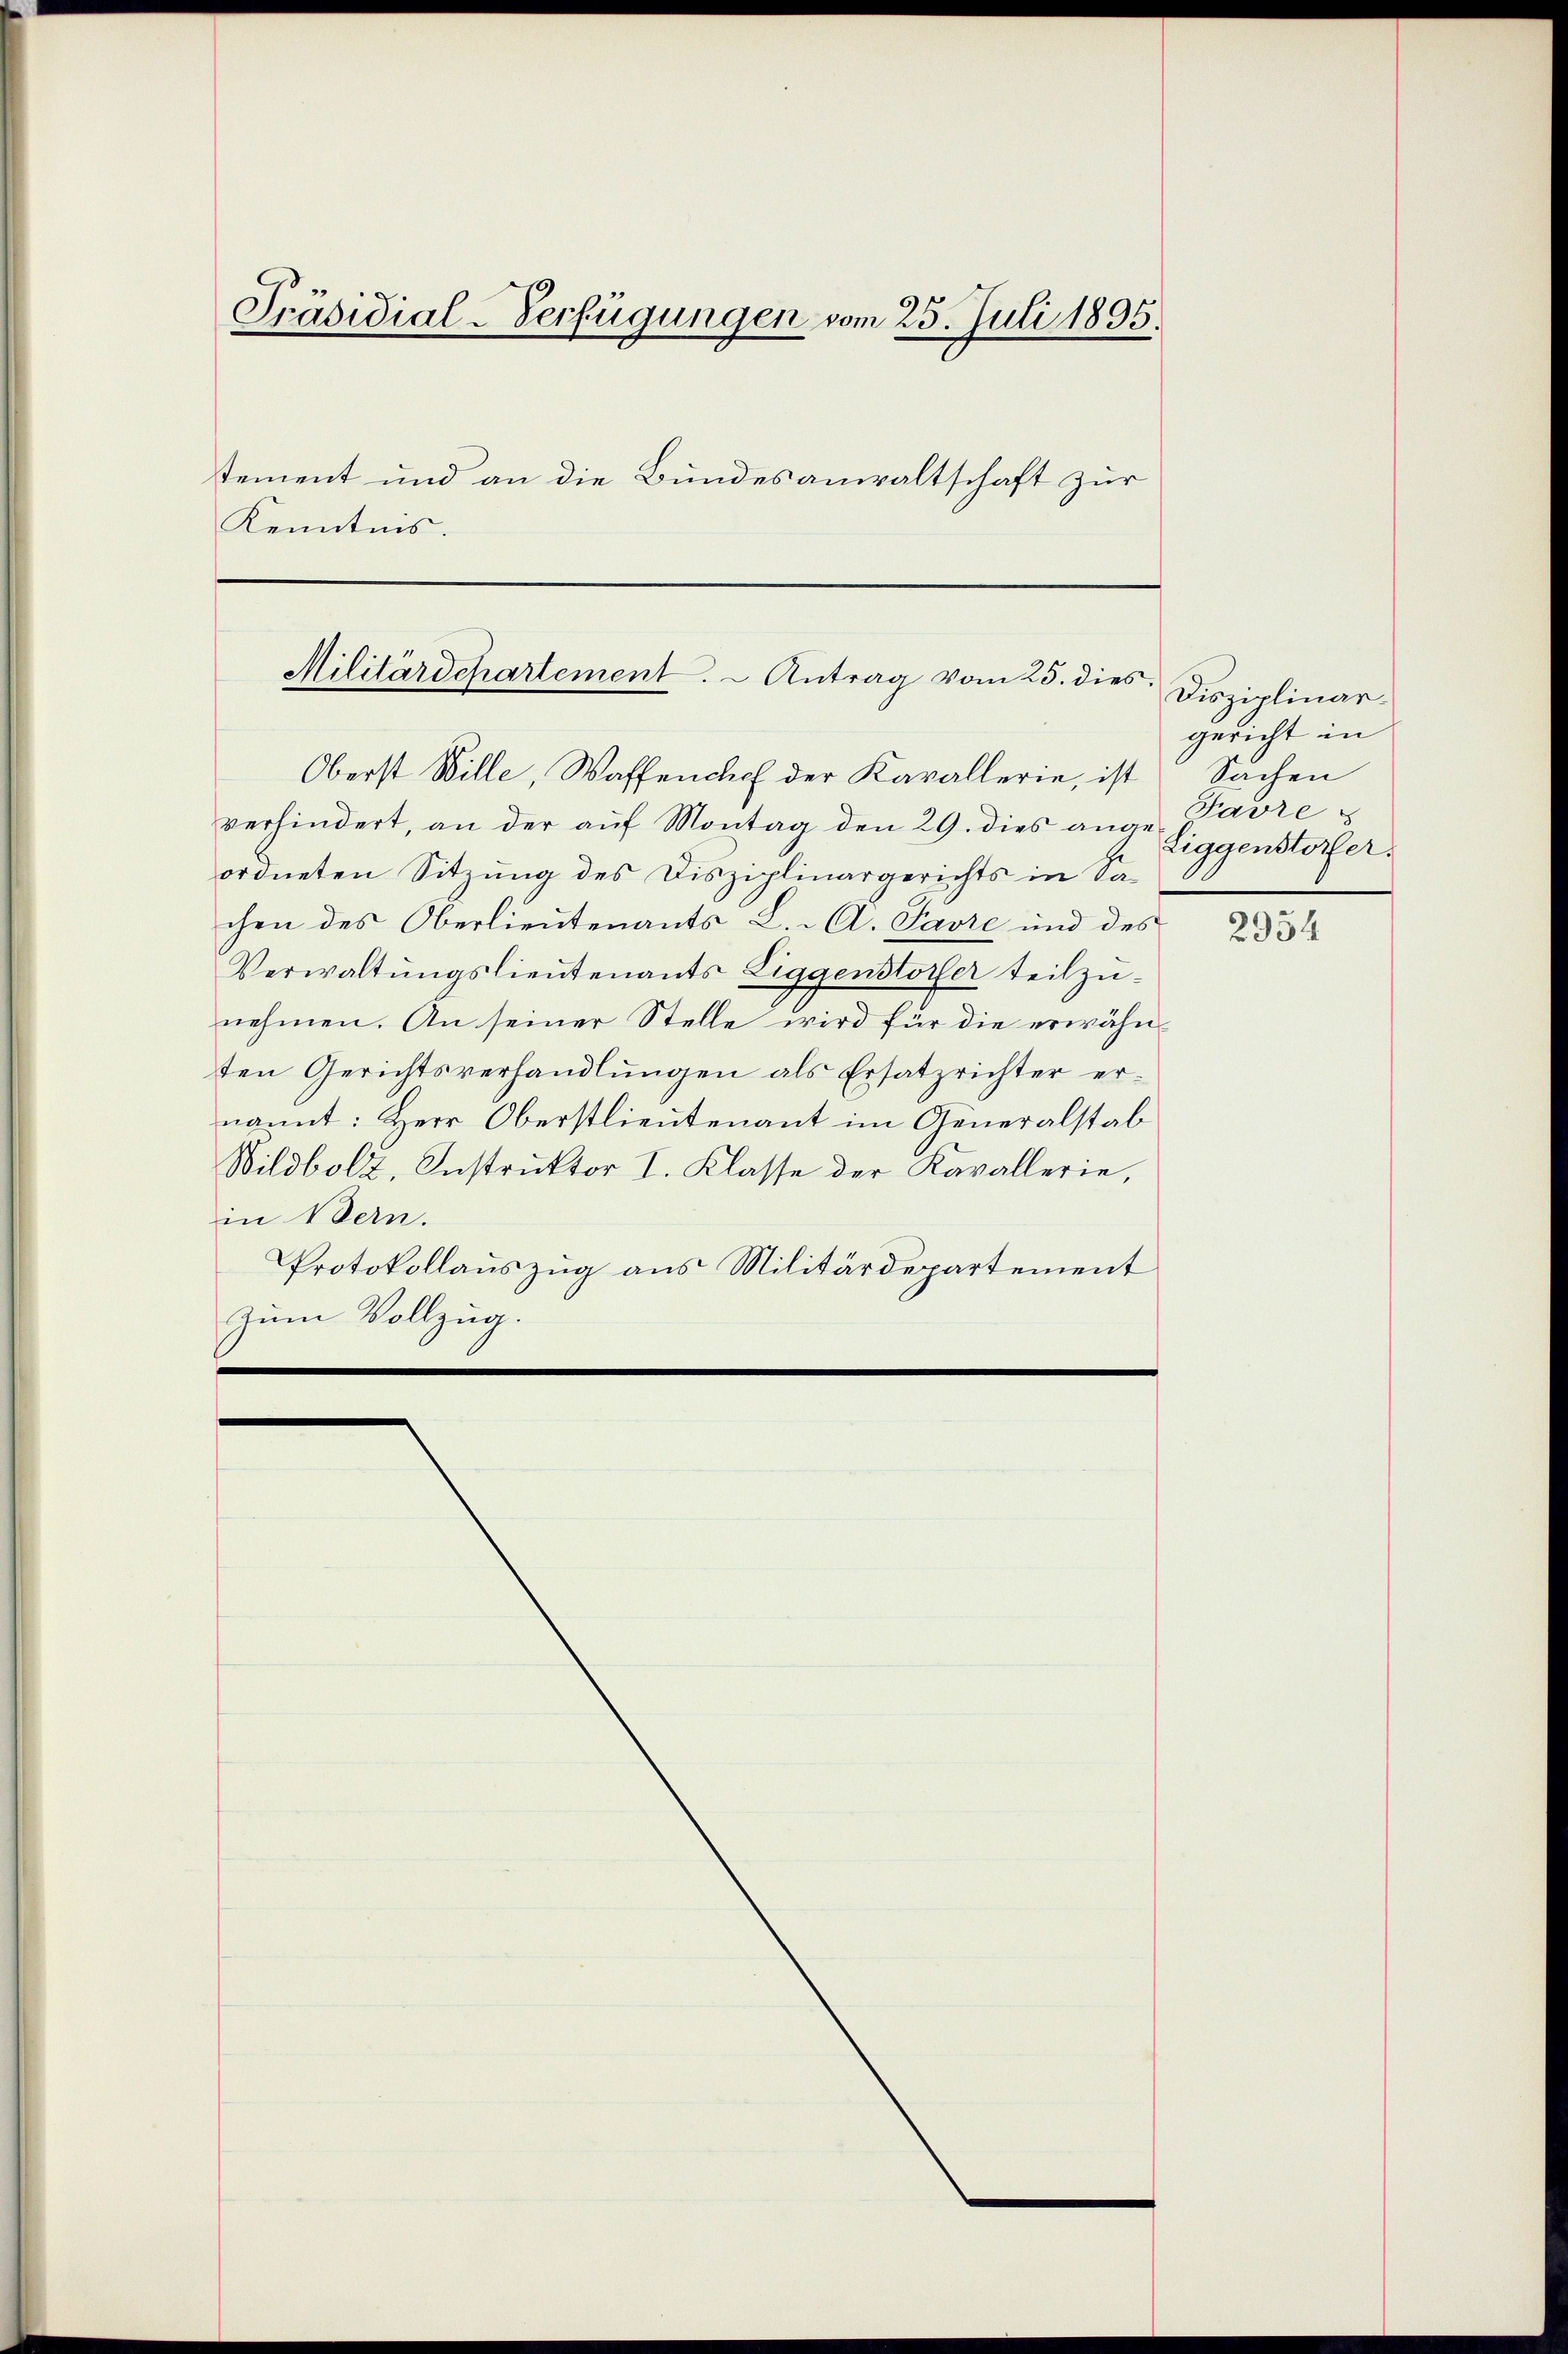
Präsidial-Verfügungen vom 25. Juli 1895.
tement und an die Bundesanwaltschaft zur
Kenntnis.

Oberst Wille, Waffenchef der Kavallerie, ist
verhindert, an der auf Montag den 29. dies angeordneten Sitzung des Disziplinargerichts in Sa-
chen des Oberlieutenants L. A. Savre und des
Verwaltungslieutenants Eiggenstorfer teilzunehmen. An seiner Stelle wird für die erwähnten Gerichtsverhandlŭngen als Ersatzrichter er-
nannt: Herr Oberstlieutenant im Generalstab
Wildbolz, Instruktor I. Klasse der Kavallerie,
in Bern.
Protokollauszug aus Militärdepartement
zum Vollzug.

Militärdepartement. - Antrag vom 25. dies

Disziplinargericht in
Sachen
Favre
Eiggenstorfer.

2954